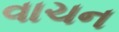
વાચન